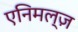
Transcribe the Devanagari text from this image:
एनिमल्ज़